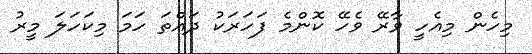
މިހެން މިއެހީ ވާރޭ ވެހޭ ކޮންމެ ފަހަރަކު ދައްތަ ހަމަ މިކަހަލަ މީރު